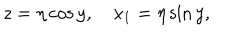
z = \eta \cos y , \quad x _ { 1 } = \eta \sin y ,